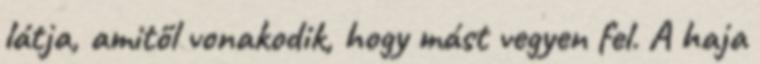
látja, amitől vonakodik, hogy mást vegyen fel. A haja